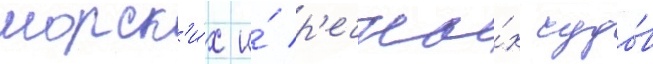
морск'и́х и́ р'ечны́х судо́в